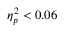
\eta _ { p } ^ { 2 } < 0 . 0 6